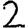
Digit: 2